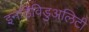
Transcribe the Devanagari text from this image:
इनडिविडुअलिटी